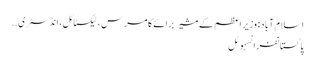
اسلام آباد: وزیر اعظم کے مشیر برائے کامرس، ٹیکسٹائل، انڈسٹری ..
پاکستانفرانسہوٹل